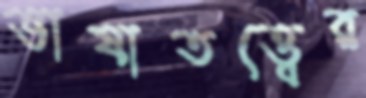
ভাষাতত্ত্বের